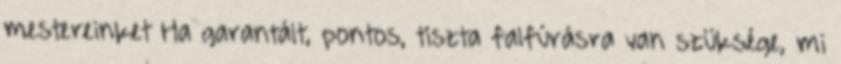
mestereinket Ha garantált, pontos, tiszta falfúrásra van szüksége, mi